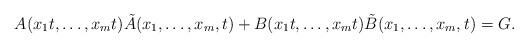
LaTeX: \begin{align*}A(x_1t,\ldots,x_mt)\tilde{A}(x_1,\ldots,x_m,t)+B(x_1t,\ldots,x_mt)\tilde{B}(x_1,\ldots,x_m,t)=G.\end{align*}